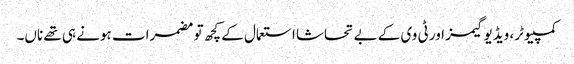
کمپیوٹر، ویڈیو گیمز اور ٹی وی کے بے تحاشا استعمال کے کچھ تو مضمرات ہونے ہی تھے ناں۔